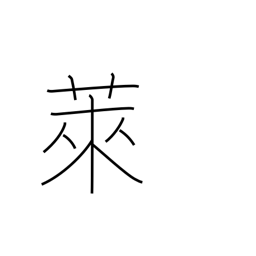
Meaning: fallow field